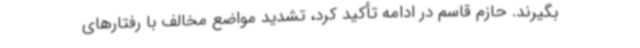
بگیرند. حازم قاسم در ادامه تأکید کرد، تشدید مواضع مخالف با رفتارهای